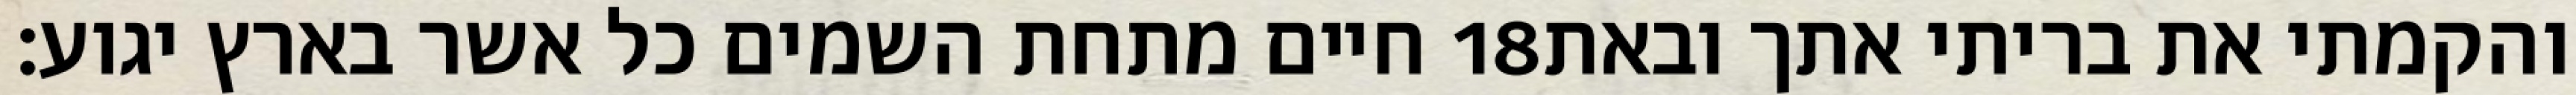
חיים מתחת השמים כל אשר בארץ יגוע׃ ‎18‏ והקמתי את בריתי אתך ובאת